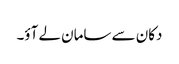
دکان سے سامان لے آؤ۔